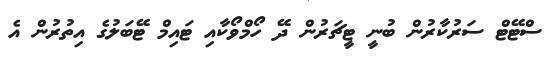
ސްޓޭޓް ސަރުކާރުން ބުނީ ޓީޗަރުން ދޭ ހޯމްވޯކާއި ޓައިމް ޓޭބަލުގެ އިތުރުން އެ